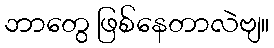
ဘာတွေ ဖြစ်နေတာလဲဗျ။